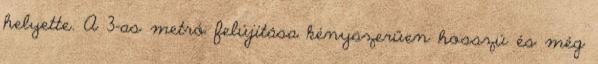
helyette. A 3-as metró felújítása kényszerűen hosszú és még